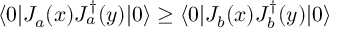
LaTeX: \langle 0 | J _ { a } ( x ) J _ { a } ^ { \dag } ( y ) | 0 \rangle \geq \langle 0 | J _ { b } ( x ) J _ { b } ^ { \dag } ( y ) | 0 \rangle